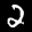
Label: 2